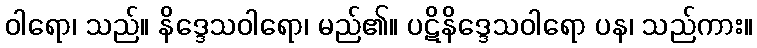
ဝါရော၊ သည်။ နိဒ္ဒေသဝါရော၊ မည်၏။ ပဋိနိဒ္ဒေသဝါရော ပန၊ သည်ကား။